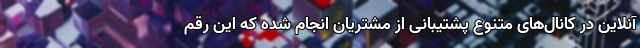
آنلاین در کانال‌های متنوع پشتیبانی از مشتریان انجام شده که این رقم